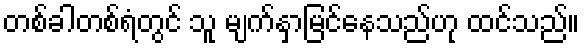
တစ်ခါတစ်ရံတွင် သူ မျက်နှာမြင်နေသည်ဟု ထင်သည်။